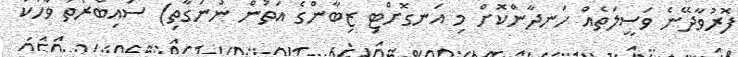
ފޮރުވާދޭނެ ވަސީލަތެއް ހަނދާންކޮށް މި އަނގޮށްޓި ޒިބާންގެ އަތުން ނުނަގާތި) ސައިބްރޯތު ވާހަކަ